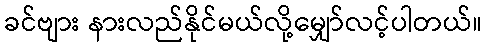
ခင်ဗျား နားလည်နိုင်မယ်လို့မျှော်လင့်ပါတယ်။